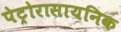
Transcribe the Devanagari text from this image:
पेट्रोरासायनिक